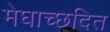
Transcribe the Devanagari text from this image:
मेघाच्छदित